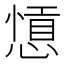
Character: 𢠕